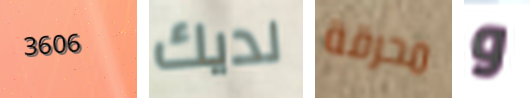
3606 لديك محرقة و